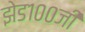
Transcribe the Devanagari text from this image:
झेड१००जी